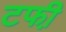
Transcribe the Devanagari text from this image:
टफी़